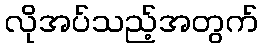
လိုအပ်သည့်အတွက်